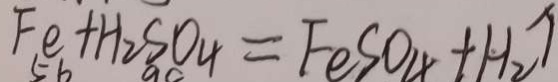
F e + H _ { 2 } S O _ { 4 } = F e S O _ { 4 } + H _ { 2 } \uparrow